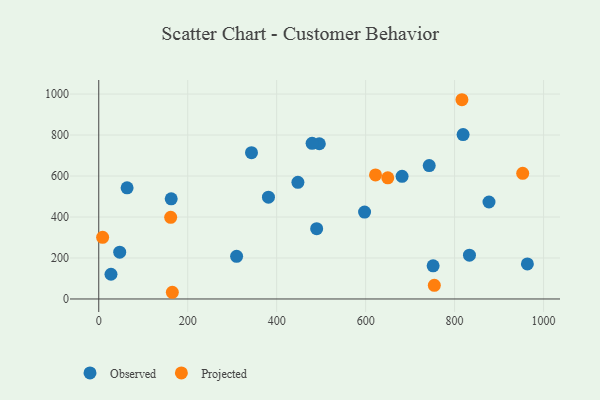
{"axis": {"x": "Investment", "y": "Rating"}, "legend": ["Observed", "Projected"], "data": [{"x": "751.7", "y": 162.0, "type": "Observed"}, {"x": "877.3", "y": 473.2, "type": "Observed"}, {"x": "495.9", "y": 757.5, "type": "Observed"}, {"x": "489.9", "y": 343.1, "type": "Observed"}, {"x": "963.6", "y": 171.0, "type": "Observed"}, {"x": "162.9", "y": 488.9, "type": "Observed"}, {"x": "833.4", "y": 213.6, "type": "Observed"}, {"x": "309.9", "y": 208.1, "type": "Observed"}, {"x": "681.9", "y": 598.5, "type": "Observed"}, {"x": "63.7", "y": 542.5, "type": "Observed"}, {"x": "343.4", "y": 714.1, "type": "Observed"}, {"x": "742.9", "y": 650.8, "type": "Observed"}, {"x": "479.6", "y": 759.3, "type": "Observed"}, {"x": "27.5", "y": 120.6, "type": "Observed"}, {"x": "447.7", "y": 569.3, "type": "Observed"}, {"x": "47.1", "y": 228.6, "type": "Observed"}, {"x": "819.1", "y": 802.2, "type": "Observed"}, {"x": "597.6", "y": 424.2, "type": "Observed"}, {"x": "381.5", "y": 496.7, "type": "Observed"}, {"x": "165.4", "y": 32.7, "type": "Projected"}, {"x": "161.7", "y": 398.2, "type": "Projected"}, {"x": "953.1", "y": 613.2, "type": "Projected"}, {"x": "649.8", "y": 591.1, "type": "Projected"}, {"x": "8.7", "y": 300.7, "type": "Projected"}, {"x": "754.4", "y": 66.8, "type": "Projected"}, {"x": "622.2", "y": 605.3, "type": "Projected"}, {"x": "816.5", "y": 972.3, "type": "Projected"}]}